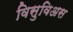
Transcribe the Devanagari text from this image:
विसुविअस